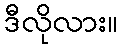
ဒီလိုလား။